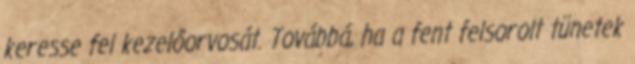
keresse fel kezelőorvosát. Továbbá, ha a fent felsorolt tünetek